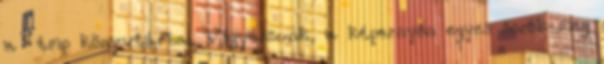
a tmp könyvtárba. Vigyázzunk, a képernyőn egyes sorok meg